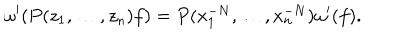
\omega ^ { \prime } ( P ( z _ { 1 } , \dots , z _ { n } ) f ) = P ( x _ { 1 } ^ { - N } , \dots , x _ { n } ^ { - N } ) \omega ^ { \prime } ( f ) .